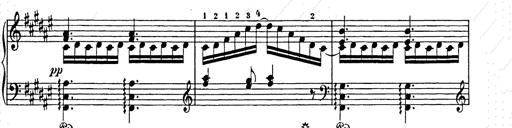
Title: Weihnachtsbaum
Composer: Franz Liszt